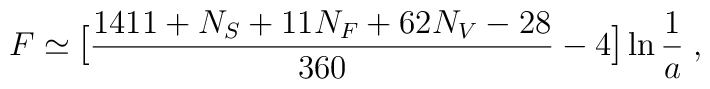
F \simeq \mbox{\large[}{{1411 + N_S + 11 N_F + 62 N_V - 28} \over {360}} - 4\mbox{\large]} \ln{{1 \over a}} \; ,